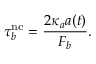
\tau _ { b } ^ { \mathrm { n c } } = \frac { 2 \kappa _ { a } a ( t ) } { F _ { b } } .